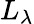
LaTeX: L_{\lambda}